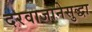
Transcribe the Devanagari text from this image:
दरवाजानेसुद्धा